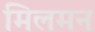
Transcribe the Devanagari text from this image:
मिलमन